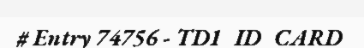
# Entry 74756 - TD1_ID_CARD